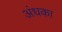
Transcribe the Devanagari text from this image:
अंधका